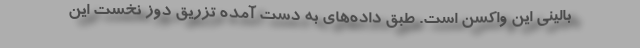
بالینی این واکسن است. طبق داده‌های به دست آمده تزریق دوز نخست این